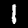
Digit: 1